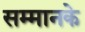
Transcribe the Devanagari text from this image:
सम्मानके